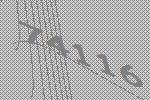
74116